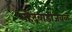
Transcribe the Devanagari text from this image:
महेंद्रवाडीजवळ